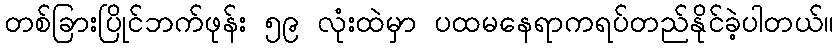
တစ်ခြားပြိုင်ဘက်ဖုန်း ၅၉ လုံးထဲမှာ ပထမနေရာကရပ်တည်နိုင်ခဲ့ပါတယ်။